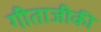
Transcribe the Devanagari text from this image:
गीताजीकी